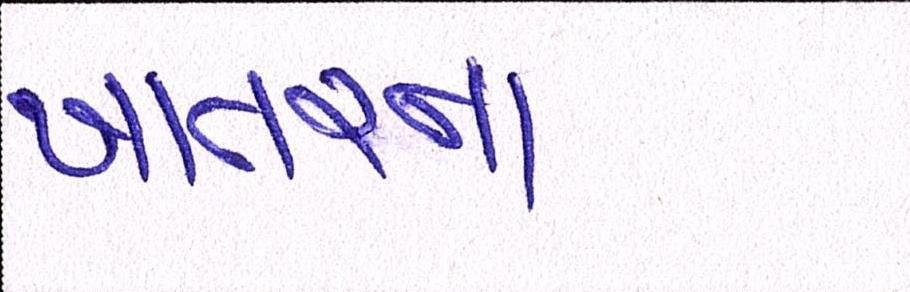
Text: ખાતરના